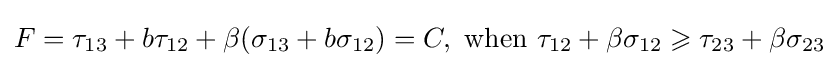
F={\tau _{13}}+b{\tau _{12}}+\beta ({\sigma _{13}}+b{\sigma _{12}})=C,{\text{  when  }}{\tau _{12}}+\beta {\sigma _{12}}\geqslant {\tau _{23}}+\beta {\sigma _{23}}